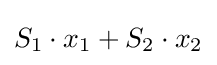
S_{1}\cdot x_{1}+S_{2}\cdot x_{2}